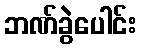
ဘဏ်ခွဲပေါင်း